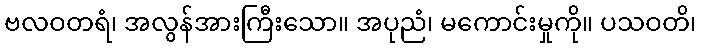
ဗလဝတရံ၊ အလွန်အားကြီးသော။ အပုညံ၊ မကောင်းမှုကို။ ပသဝတိ၊